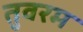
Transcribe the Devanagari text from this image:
तुवरम